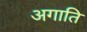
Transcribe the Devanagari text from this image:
अगाति